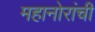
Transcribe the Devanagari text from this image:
महानोरांची